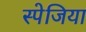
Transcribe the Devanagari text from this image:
स्पेजिया